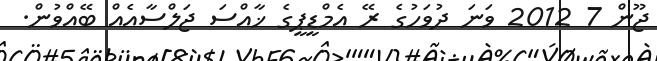
ޖޫން 7 2012 ވަނަ ދުވަހުގެ ރޭ އެމްޑީޕީގެ ޚާއްސަ ޖަލްސާއެއް ބޭއްވުން.